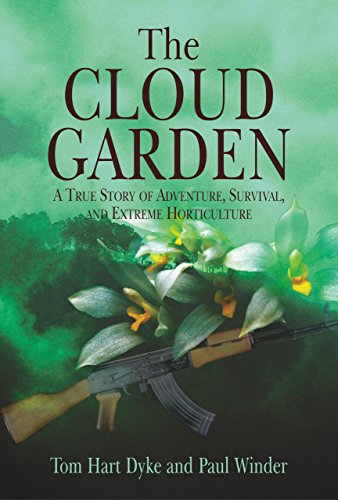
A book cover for The Cloud Garden: A True Story of Adventure, Survival, and Extreme Horticulture; Tom Hart Dyke; Travel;